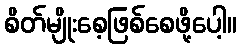
စိတ်မျိုးစေ့ဖြစ်စေဖို့ပေါ့။